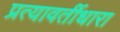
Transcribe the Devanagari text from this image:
प्रत्यावर्तीधारा